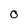
Character: O